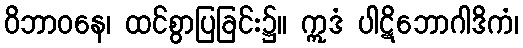
ဝိဘာဝနေ၊ ထင်စွာပြခြင်း၌။ ဣဒံ ပါဋိဘောဂါဒိကံ၊